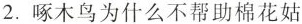
2.啄木鸟为什么不帮助棉花姑